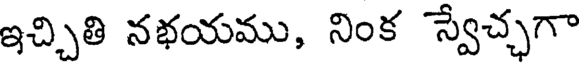
ఇచ్చితి నభయము, నింక స్వేచ్ఛగా